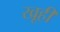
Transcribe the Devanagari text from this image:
खूही